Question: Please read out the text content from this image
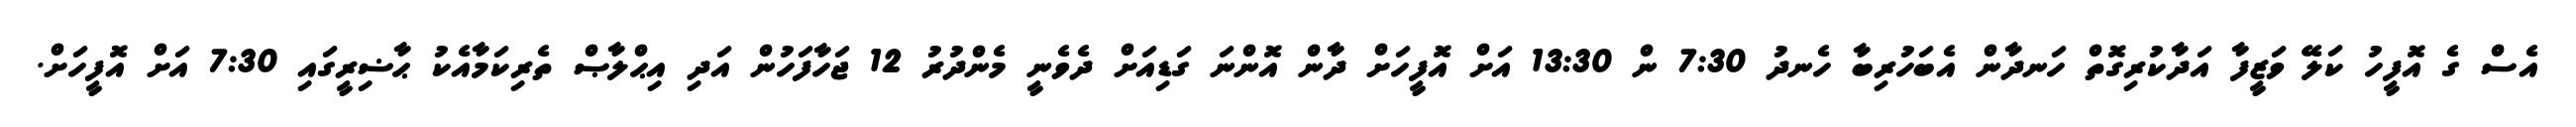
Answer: އެސް ގެ އޮފީހު ކަލޭ ވަޒީފާ އަދާކުރިގޮތް ހަނދާން އެބަހުރިބާ ހެނދު 7:30 ން 13:30 އަށް އޮފީހަށް ދާން އޮންނަ ގަޑިއަށް ދެވެނީ މެންދުރު 12 ޖަހާފަހުން އަދި އިޙްލާޞް ތެރިކަމާއެކު ޙާޟިރީގައި 7:30 އަށް އޮފީހަށް.